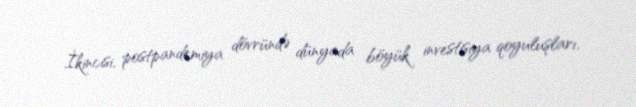
İkincisi, postpandemiya dövründə dünyada böyük investisiya qoyuluşları,